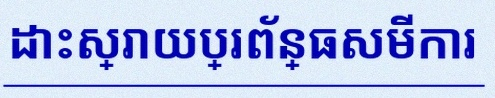
ដោះស្រាយប្រព័ន្ធសមីការ